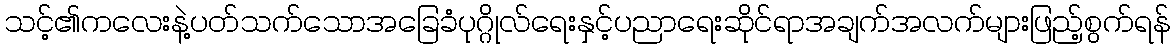
သင့်၏ကလေးနဲ့ပတ်သက်သောအခြေခံပုဂ္ဂိုလ်ရေးနှင့်ပညာရေးဆိုင်ရာအချက်အလက်များဖြည့်စွက်ရန်